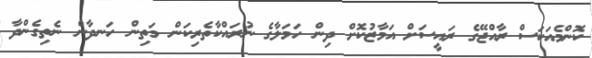
ކޮންމެއަކަސް ރާއްޖޭގެ ރައީސަށް އަމާޒުކޮށް ދިން ހަމަލާގެ ނުރައްކާތެރިކަން މަތިން ހަނދާން ނެތިގެންދާ